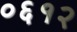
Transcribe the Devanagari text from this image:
०६१२